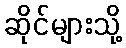
ဆိုင်များသို့